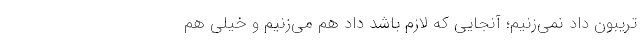
تریبون داد نمی‌زنیم؛ آنجایی که لازم باشد داد هم می‌زنیم و خیلی هم